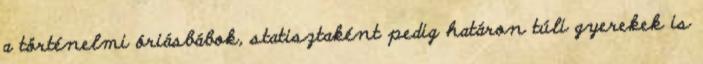
a történelmi óriásbábok, statisztaként pedig határon túli gyerekek is